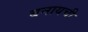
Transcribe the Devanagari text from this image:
बनायची